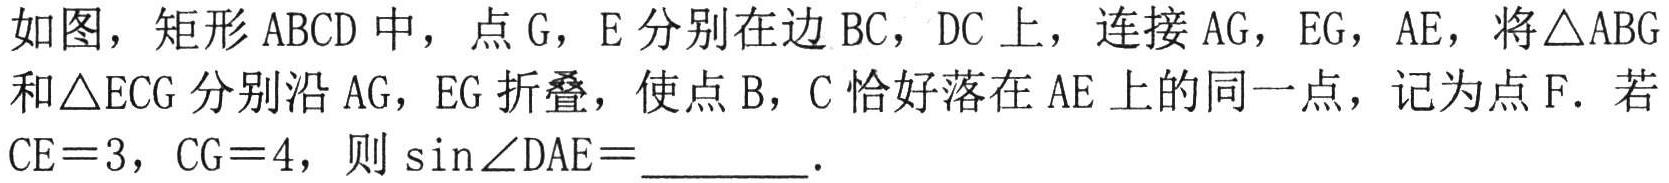
如图，矩形 \(ABCD\) 中，点 \(G\)，\(E\) 分别在边 \(BC\)，\(DC\) 上，连接 \(AG\)，\(EG\)，\(AE\)，将 \(\triangle ABG\) 和 \(\triangle ECG\) 分别沿 \(AG\)，\(EG\) 折叠，使点 \(B\)，\(C\) 恰好落在 \(AE\) 上的同一点，记为点 \(F\)．若 \(CE = 3\)，\(CG = 4\)，则 \(\sin\angle DAE=\underline{\quad\quad}\)．